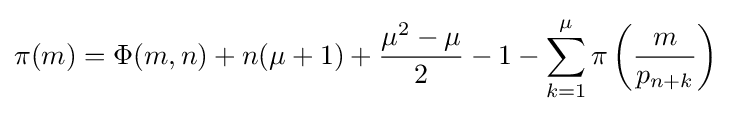
\pi (m)=\Phi (m,n)+n(\mu +1)+{\frac {\mu ^{2}-\mu }{2}}-1-\sum _{k=1}^{\mu }\pi \left({\frac {m}{p_{n+k}}}\right)